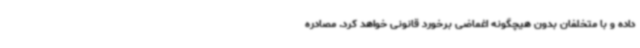
داده و با متخلفان بدون هیچگونه اغماضی برخورد قانونی خواهد کرد. مصادره